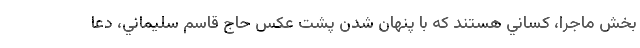
بخش ماجرا، كساني هستند كه با پنهان شدن پشت عكس حاج قاسم سليماني، دعا